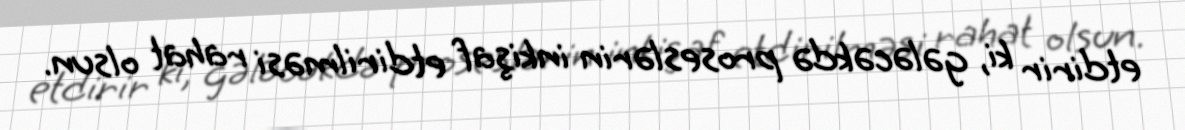
etdirir ki, gələcəkdə proseslərin inkişaf etdirilməsi rahat olsun.